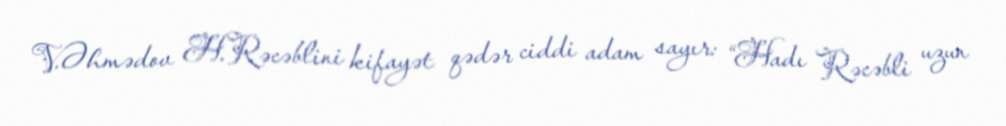
V.Əhmədov H.Rəcəblini kifayət qədər ciddi adam sayır: “Hadı Rəcəbli uzun